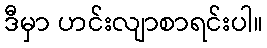
ဒီမှာ ဟင်းလျာစာရင်းပါ။